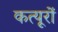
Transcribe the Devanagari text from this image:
कत्यूरों